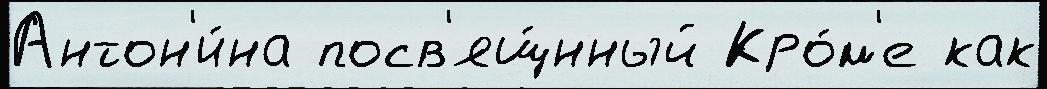
Антон'и́на посв'ящ́нный Кро́м'е как